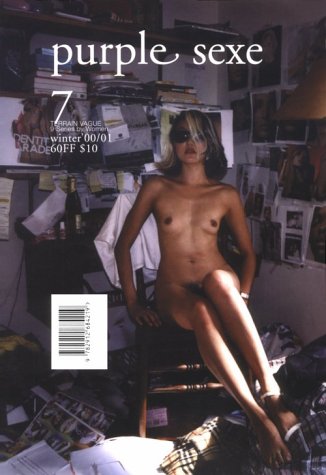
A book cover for Purple Sexe #7; Humor & Entertainment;